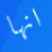
انها